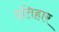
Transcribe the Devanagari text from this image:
इतिहार